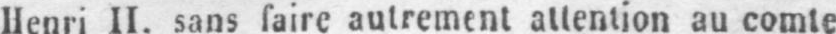
Henri II. sans faire autrement attention au comte